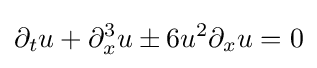
\displaystyle \partial _{t}u+\partial _{x}^{3}u\pm 6u^{2}\partial _{x}u=0